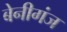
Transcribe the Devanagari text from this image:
बेनीगंज